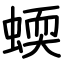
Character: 蝡